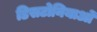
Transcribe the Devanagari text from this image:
डिसटोनियाओं